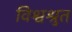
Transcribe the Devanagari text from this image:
विश्वश्रुत